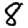
Digit: 8